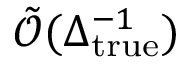
\tilde { \mathcal O } ( \Delta _ { \mathrm { t r u e } } ^ { - 1 } )